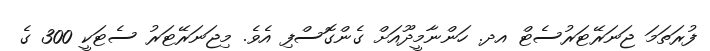
ފުރަތަމަ ޖަނަރޭޓަރުސެޓް އދ. ހަންނާމީދޫއަށް ގެންގޮސްފި އެވެ. މިޖަނަރޭޓަރު ސެޓަކީ 300 ގެ